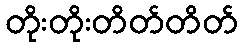
တိုးတိုးတိတ်တိတ်